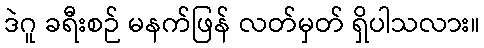
ဒဲဂူ ခရီးစဉ် မနက်ဖြန် လတ်မှတ် ရှိပါသလား။